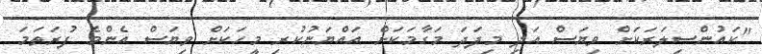
"ކައުންސިލަރަކަށް ވިޔަސް އަދި މިފަދަ މަގާމަކަށް އައްޔަނުކުރި މީހަކަށް ވިޔަސް އެންމެ ފުރަތަމަ